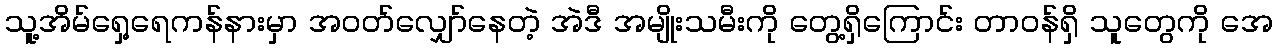
သူ့အိမ်ရှေ့ရေကန်နားမှာ အဝတ်လျှော်နေတဲ့ အဲဒီ အမျိုးသမီးကို တွေ့ရှိကြောင်း တာဝန်ရှိ သူတွေကို အေ